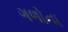
ગળોના